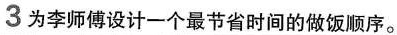
3为李师傅设计一个最节省时间的做饭顺序。